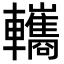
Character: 𨏳